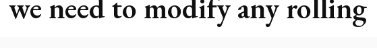
we need to modify any rolling